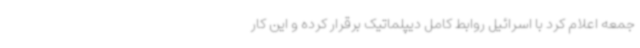
جمعه اعلام کرد با اسرائیل روابط کامل دیپلماتیک برقرار کرده و این کار